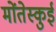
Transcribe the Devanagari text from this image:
मोंतेस्कुई